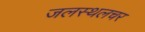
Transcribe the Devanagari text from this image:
जलस्थलचर